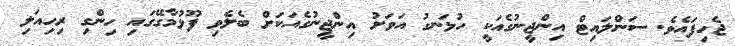
ޖެހިފައެވެ. ސަންލައިޓް އިންޖީނުގެއަކީ ހުޅަނގު އަވަށު އިންޖީނުގެއަކަށް ބެލެވި ފޫޅުމާގޭގައި ހިންގި ރިހިއަލި